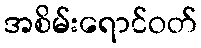
အစိမ်းရောင်ဝတ်